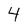
Character: 4